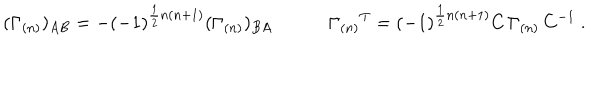
LaTeX: ( \Gamma _ { ( n ) } ) _ { A B } = - ( - 1 ) ^ { \frac { 1 } { 2 } n ( n + 1 ) } ( \Gamma _ { ( n ) } ) _ { B A } \qquad \quad \Gamma _ { ( n ) } { } ^ { T } = ( - 1 ) ^ { \frac { 1 } { 2 } n ( n + 1 ) } C \, \Gamma _ { ( n ) } \, C ^ { - 1 } \ .